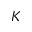
K